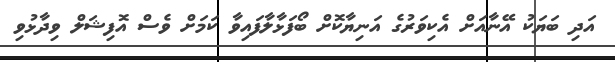
އަދި ބަޔަކު އޭނާއަށް އެކިވަރުގެ އަނިޔާކޮށް ބޯފަޅާލާފައިވާ ކަމަށް ވެސް އޮފިޝަލް ވިދާޅުވި